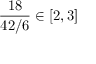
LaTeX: { \frac { 1 8 } { 4 2 / 6 } } \in [ 2 , 3 ]